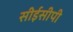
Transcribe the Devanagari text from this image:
सीईसीपी